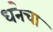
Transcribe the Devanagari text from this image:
धनेचा